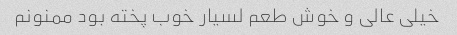
خیلی عالی و خوش طعم لسیار خوب پخته بود ممنونم